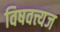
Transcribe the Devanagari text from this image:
विषवत्त्यज